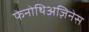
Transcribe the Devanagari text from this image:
फेनोथिअज़िनेस